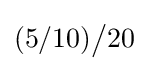
(5/10){\big /}20